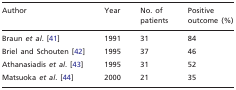
<table><thead><tr><td><b>Author</b></td><td><b>Year</b></td><td><b>No. of patients</b></td><td><b>Positive outcome (%)</b></td></tr></thead><tbody><tr><td>Braun <i>et al.</i> [41]</td><td>1991</td><td>31</td><td>84</td></tr><tr><td>Briel and Schouten [42]</td><td>1995</td><td>37</td><td>46</td></tr><tr><td>Athanasiadis <i>et al.</i> [43]</td><td>1995</td><td>31</td><td>52</td></tr><tr><td>Matsuoka <i>et al.</i> [44]</td><td>2000</td><td>21</td><td>35</td></tr></tbody></table>